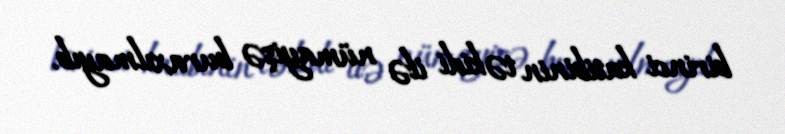
birinci katibinin təkidi ilə nümayişə buraxılmayıb.